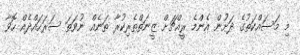
މި މަސައްކަތުގެ ދަށުން އެންމެ ރީއްޗަށް ޒީނަތްތެރިކުރާ ތަނެއް ނުވަތަ ސަރަހައްދެއް ހޮވާ